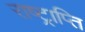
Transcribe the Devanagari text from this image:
राष्ट्राप्ति